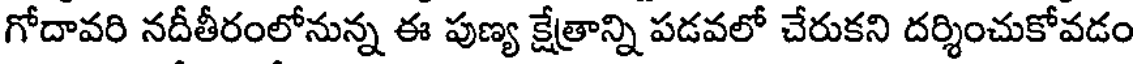
గోదావరి నదీతీరంలోనున్న ఈ పుణ్య క్షేత్రాన్ని పడవలో చేరుకని దర్శించుకోవడం